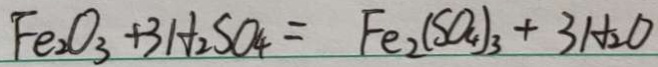
F e _ { 2 } O _ { 3 } + 3 H _ { 2 } S O _ { 4 } = F e _ { 2 } ( S O _ { 4 } ) _ { 3 } + 3 H _ { 2 } O